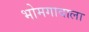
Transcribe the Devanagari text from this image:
भोमगावाला